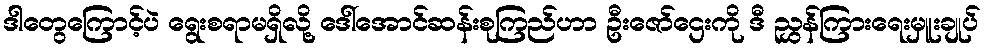
ဒါတွေကြောင့်ပဲ ရွေးစရာမရှိလို့ ဒေါ်အောင်ဆန်းစုကြည်ဟာ ဦးဇော်ဌေးကို ဒီ ညွှန်ကြားရေးမှူးချုပ်